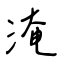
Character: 淹